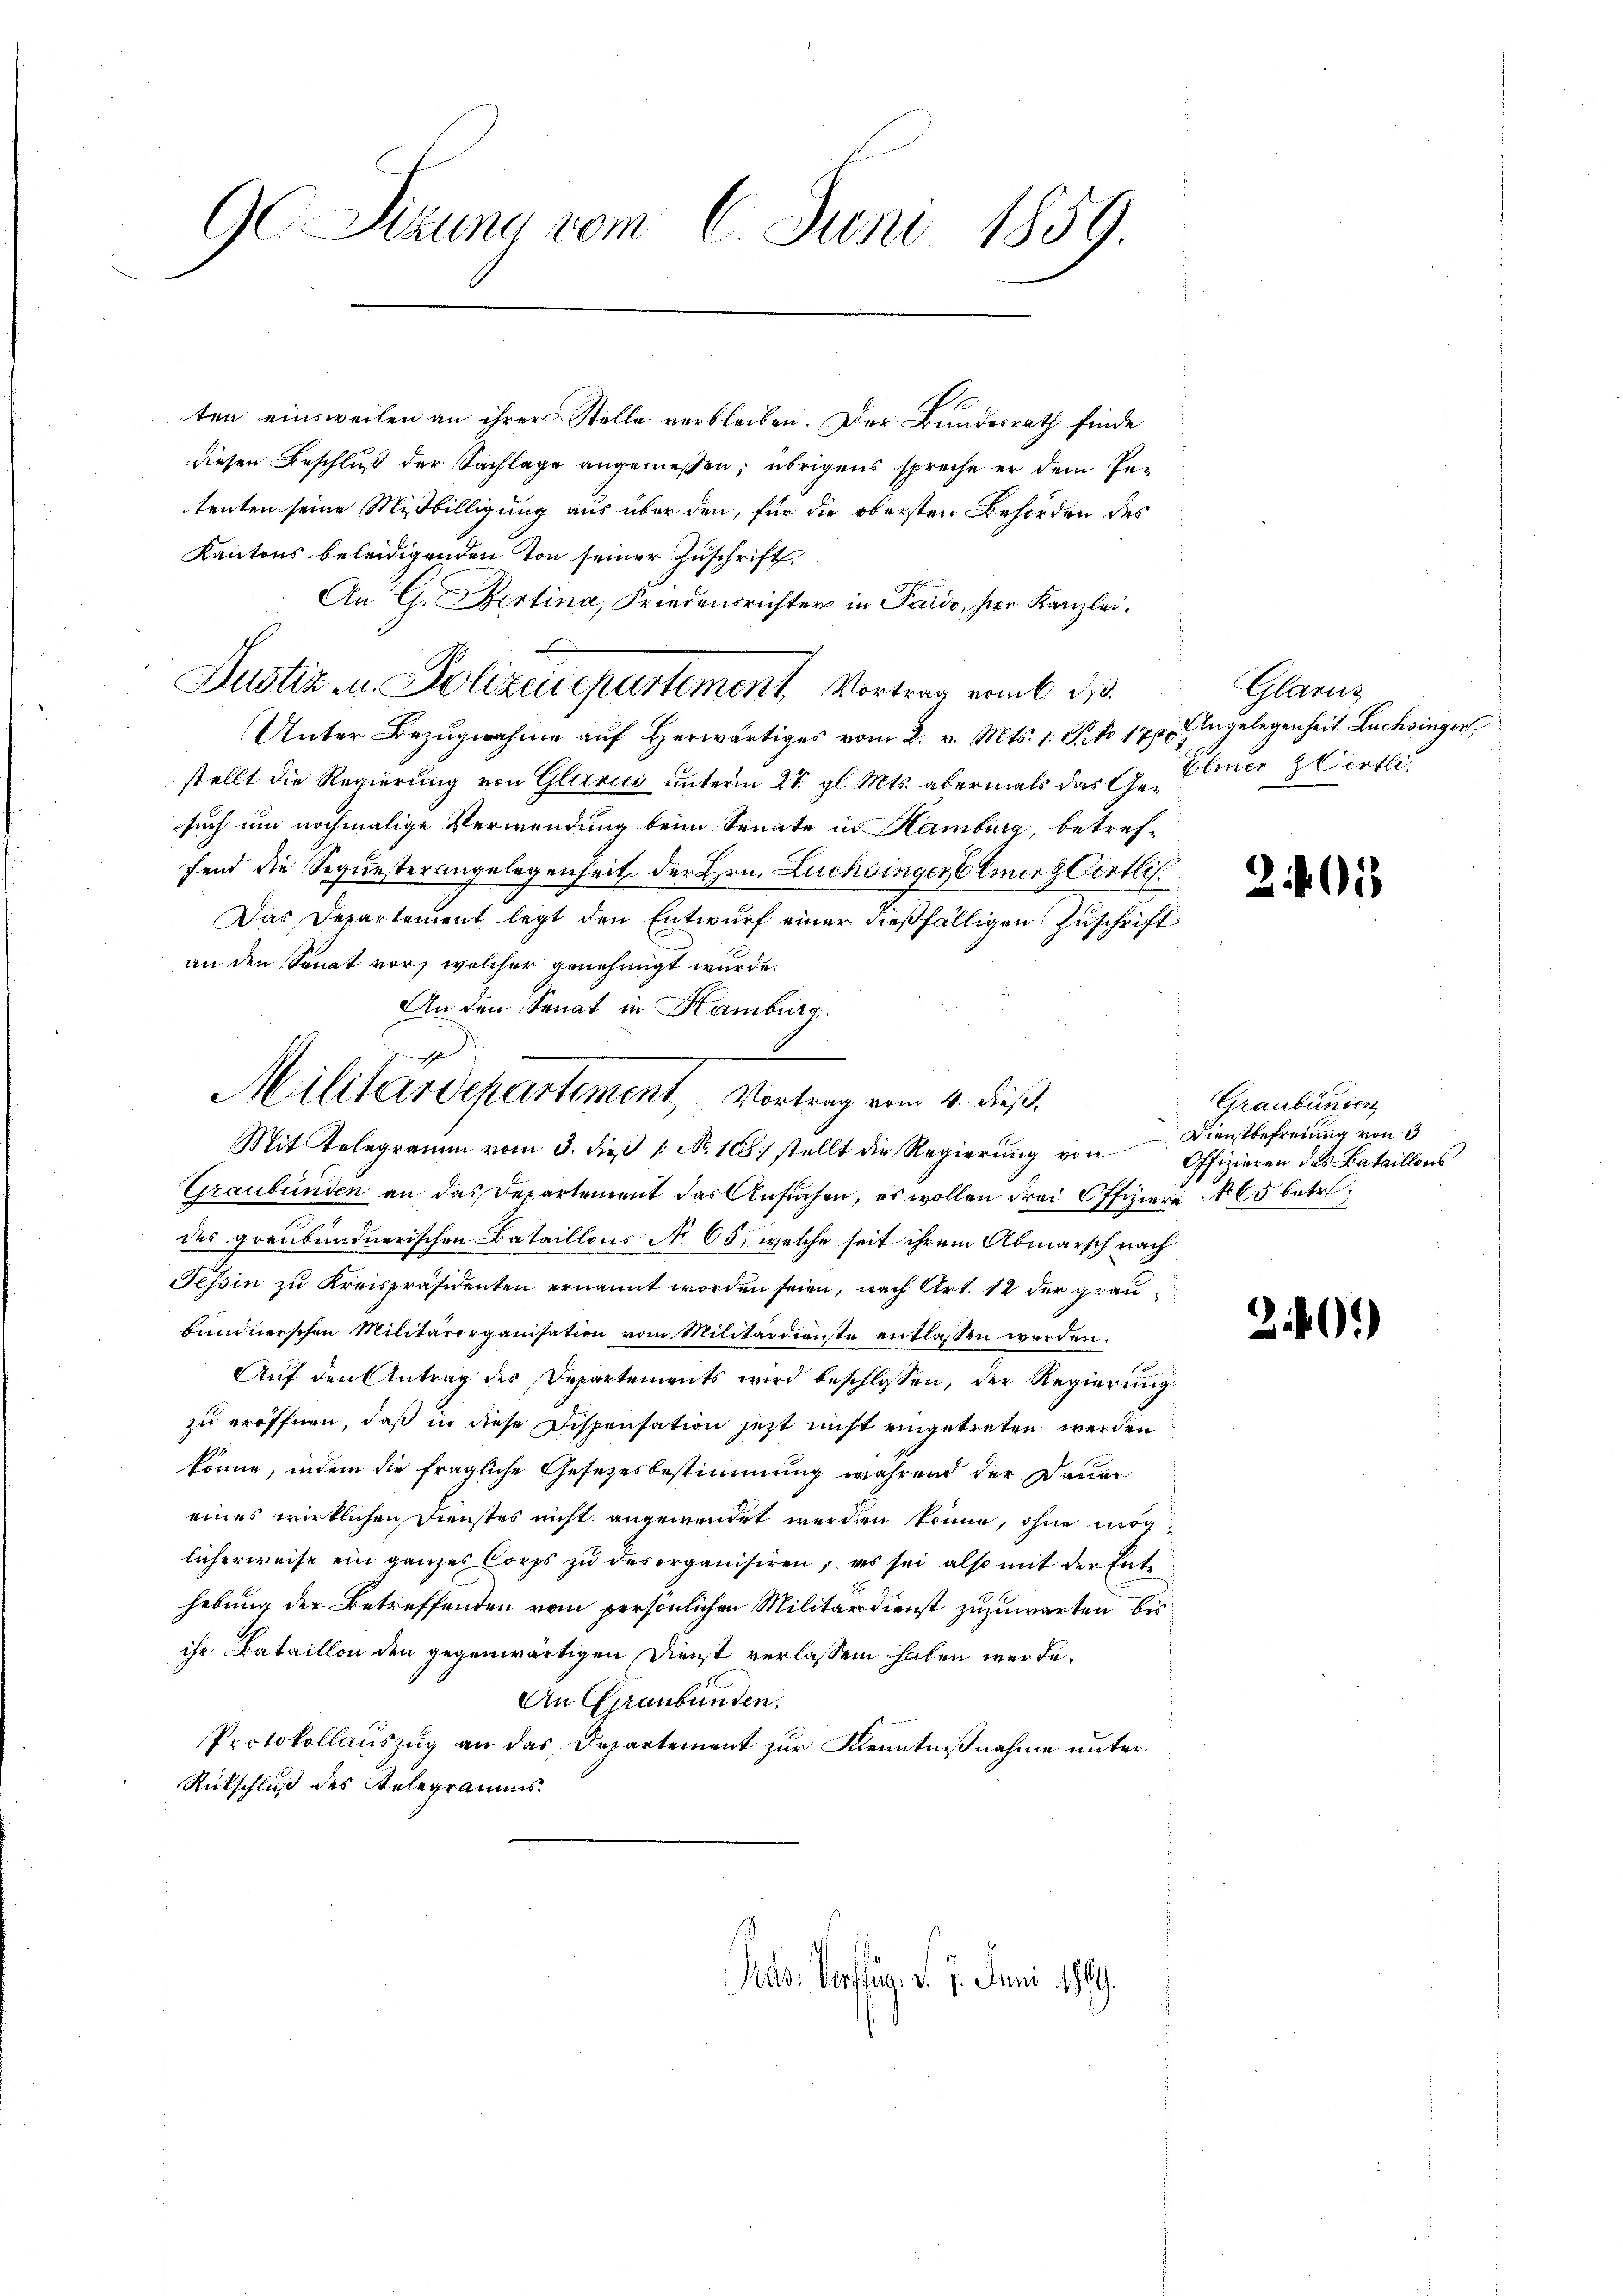
G Sizung vom 6. Juni 1859.

ten einsweilen an ihrer Stelle verbleiben. Der Bundesrath finde
diesen Beschluß der Sachlage angemessen; übrigens spreche er dem Petenten seine Mißbilligung aus über den, für die obersten Behörden des
Kantons beleidigenden Ton seiner Zuschrift
An G. Fertina, Friedensrichter in Pardo, hier Kanzlei.
Unter Bezugnahme aŭf herwärtiges vom 2. v. Mts. 1. Sto 178 Angelegenheit Luchinger
stellt die Regierung von Glarii unterm 27. gl. Mts. abermals das Gelier & Oertli
such um nochmalige Verwendung beim Senate in Hamburg, betreffend die Sequesterangelegenheit der Hrn. Luchbinger Elmerz entli
Das Departement legt den Entwurf einer dießfälligen Zuschrift
an den Senat vor, welcher genehmigt wurde.
Mit Telegramm vom 3. dieβ 1. No. 108. stellt die Regierŭng von Offizieren des Bataillons
Graubünden an das Departement das Ansuchen, es wollen drei Offiziere No 65 betr.
des graubündnerischen Bataillons No 65, welche seit ihrem Abmarsch nach
Tessin zu Kreispräsidenten ernannt worden seien, nach Art. 12 der graubündnerschen Militärorganisation vom Militärdienste entlassen worden.
Auf den Antrag des Departements wird beschlossen, der Regierung
zu eröffnen, daß in diese Dispensation jetzt nicht eingetreten werden
könne, indem die fragliche Gesetzesbestimmung während der Dauer
eines wirklichen Dienstes nicht angewendet werden könne, ohne möglicherweise ein ganzes Corps zu desorganisiren, es sei also mit der Enthebung der Betreffenden vom persönlichen Militärdienst zuzuwarten bis
ihr Bataillon den gegenwärtigen Dienst verlassen haben werde.
An Graubünden.
Protokollauszug an das Departement zur Kenntnißnahme unter
Rückschluß des Telegramms.

Justiz u. Polizeisepartement Vortrag vom 31.

An den Senat in Hamburg.
gemischen
Militärdepartement, Vortrag vom 4. dieß,

Mad: Verffug. d. 7. Juni 1889.

Glarus

2 f 18

Graubünden
Dienstbefreiung von d

24.)